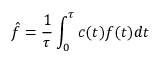
\hat { f } = \frac { 1 } { \tau } \int _ { 0 } ^ { \tau } c ( t ) f ( t ) d t